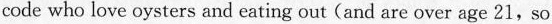
code who love oysters and cating out (and are over age 21,so